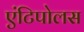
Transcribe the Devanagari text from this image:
एंटिपोलस